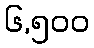
၆,၅၀၀